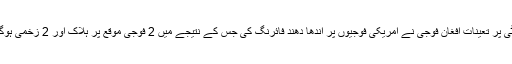
غیرملکی میڈیا کے مطابق افغانستان کے صوبہ ننگرہار میں سیکیورٹی پر تعینات افغان فوجی نے امریکی فوجیوں پر اندھا دھند فائرنگ کی جس کے نتیجے میں 2 فوجی موقع پر ہلاک اور 2 زخمی ہوگئے جس کے بعد جوابی کارروائی میں حملہ آور افغان اہلکار مارا گیا۔